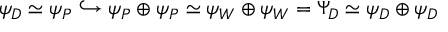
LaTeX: \psi _ { D } \simeq \psi _ { P } \hookrightarrow \psi _ { P } \oplus \psi _ { P } \simeq \psi _ { W } \oplus \psi _ { W } = \Psi _ { D } \simeq \psi _ { D } \oplus \psi _ { D }